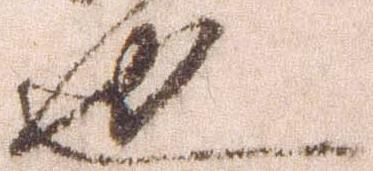
也